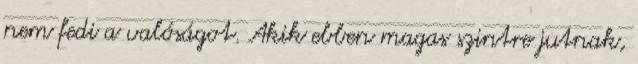
nem fedi a valóságot. Akik ebben magas szintre jutnak,